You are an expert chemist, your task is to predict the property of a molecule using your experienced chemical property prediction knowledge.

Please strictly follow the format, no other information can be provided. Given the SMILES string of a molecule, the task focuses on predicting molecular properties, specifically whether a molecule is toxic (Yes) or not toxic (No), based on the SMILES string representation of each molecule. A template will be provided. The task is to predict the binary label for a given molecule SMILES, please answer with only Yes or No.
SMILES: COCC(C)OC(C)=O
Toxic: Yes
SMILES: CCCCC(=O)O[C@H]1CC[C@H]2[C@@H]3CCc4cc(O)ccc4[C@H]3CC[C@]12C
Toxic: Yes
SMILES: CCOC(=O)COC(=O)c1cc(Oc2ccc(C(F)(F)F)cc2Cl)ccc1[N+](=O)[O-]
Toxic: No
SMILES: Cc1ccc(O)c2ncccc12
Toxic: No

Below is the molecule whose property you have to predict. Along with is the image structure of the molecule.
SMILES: CCCCCc1ccco1
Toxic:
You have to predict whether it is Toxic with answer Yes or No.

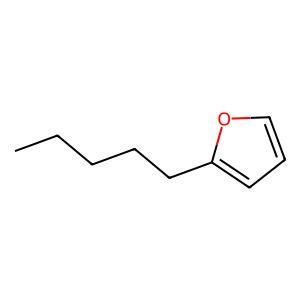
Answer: No